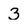
Character: 3